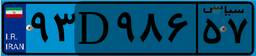
۹۳D۹۸۶۵۷